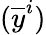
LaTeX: ({\overline{{y}}}^{i})